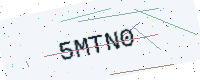
Text: 5MTN0